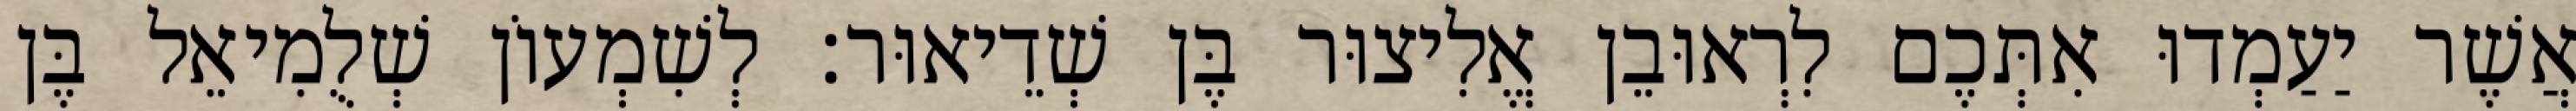
אֲשֶׁר יַעַמְדוּ אִתְּכֶם לִרְאוּבֵן אֱלִיצוּר בֶּן שְׁדֵיאוּר׃ לְשִׁמְעוֹן שְׁלֻמִיאֵל בֶּן